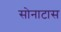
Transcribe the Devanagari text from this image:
सोनाटास